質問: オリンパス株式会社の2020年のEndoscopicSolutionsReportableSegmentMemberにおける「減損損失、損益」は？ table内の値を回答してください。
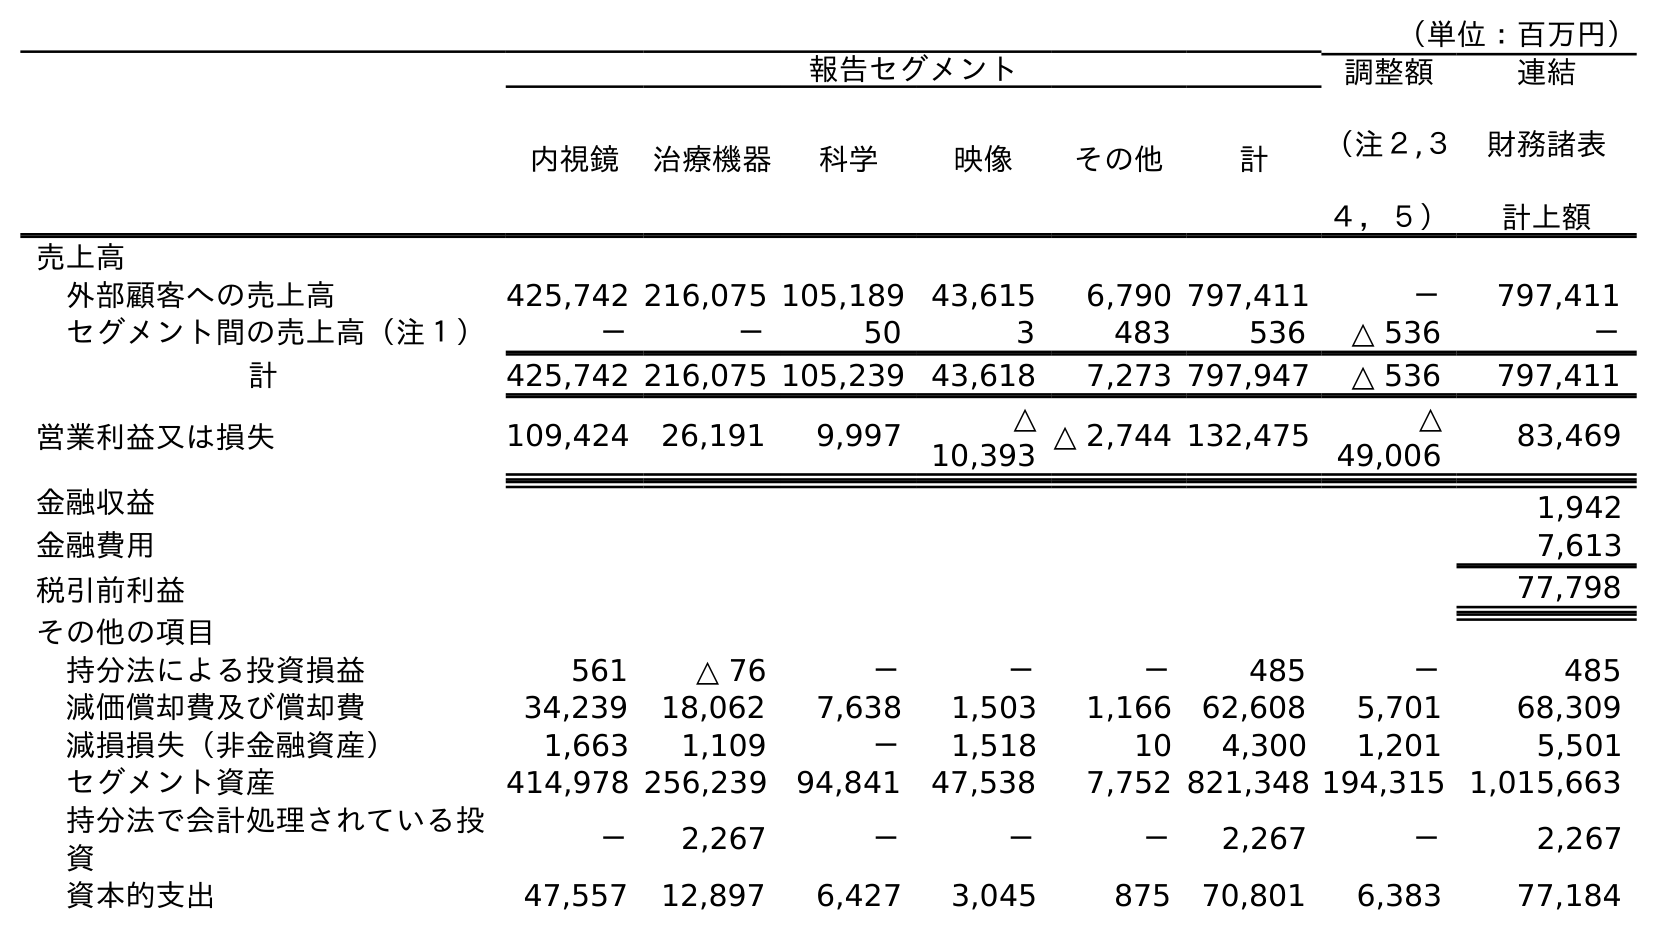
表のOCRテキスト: （単位：百万円） 報告セグメント 調整額 （注２,３ ４，５） 連結 財務諸表 計上額 内視鏡 治療機器 科学 映像 その他 計 売上高 外部顧客への売上高 425,742 216,075 105,189 43,615 6,790 797,411 － 797,411 セグメント間の売上高（注１） － － 50 3 483 536 △ 536 － 計 425,742 216,075 105,239 43,618 7,273 797,947 △ 536 797,411 営業利益又は損失 109,424 26,191 9,997 △ 10,393 △ 2,744 132,475 △ 49,006 83,469 金融収益 1,942 金融費用 7,613 税引前利益 77,798 その他の項目 持分法による投資損益 561 △ 76 － － － 485 － 485 減価償却費及び償却費 34,239 18,062 7,638 1,503 1,166 62,608 5,701 68,309 減損損失（非金融資産） 1,663 1,109 － 1,518 10 4,300 1,201 5,501 セグメント資産 414,978 256,239 94,841 47,538 7,752 821,348 194,315 1,015,663 持分法で会計処理されている投 資 － 2,267 － － － 2,267 － 2,267 資本的支出 47,557 12,897 6,427 3,045 875 70,801 6,383 77,184
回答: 1,663